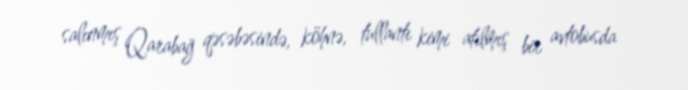
salınmış Qarabağ qəsəbəsində, köhnə, tullantı kimi atılmış bir avtobusda